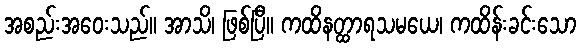
အစည်းအဝေးသည်။ အာသိ၊ ဖြစ်ပြီ။ ကထိနတ္ထာရသမယေ၊ ကထိန်းခင်းသော